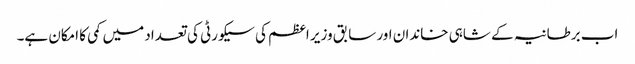
اب برطانیہ کے شاہی خاندان اور سابق وزیر اعظم کی سیکورٹی کی تعداد میں کمی کا امکان ہے۔